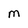
Character: M